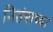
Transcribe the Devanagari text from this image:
नितंबाच्या